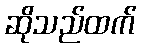
ဆိုသည်ထက်